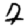
Digit: 7